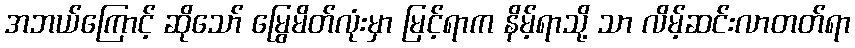
အဘယ်ကြောင့် ဆိုသော် မြွေမိတ်လုံးမှာ မြင့်ရာက နိမ့်ရာသို့ သာ လိမ့်ဆင်းလာတတ်ရာ